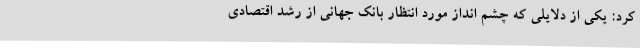
کرد: یکی از دلایلی که چشم انداز مورد انتظار بانک جهانی از رشد اقتصادی